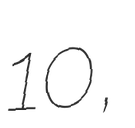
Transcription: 10,